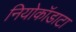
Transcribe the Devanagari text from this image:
नियोकॉडाटा